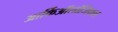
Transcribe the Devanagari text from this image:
आर्किऑलॉजिकल